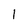
Character: 1